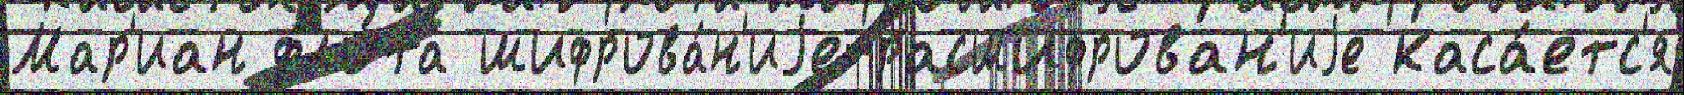
Мар'иан фло́та шифрова́н'иjе-расшифрован'иjе каса́етс'я